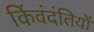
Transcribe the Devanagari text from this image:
किंवंदंतियों